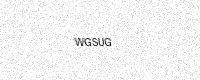
Text: WGSUG